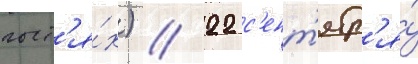
гост'я́х) // 22 с'ент'ябр'я́